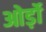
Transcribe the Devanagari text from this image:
ओर्ड़ो